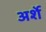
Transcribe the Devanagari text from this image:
अर्शे